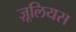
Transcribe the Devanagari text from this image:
ज़ूलियस